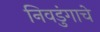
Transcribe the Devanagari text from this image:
निवडुंगाचे